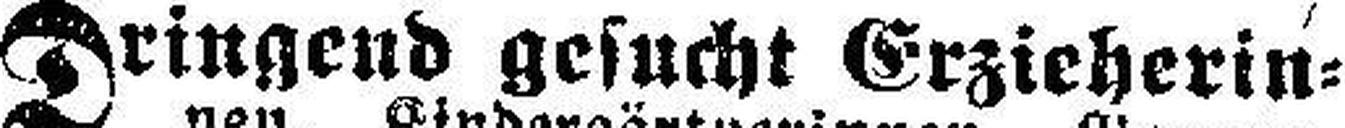
Dringend gesucht Erzieherin¬